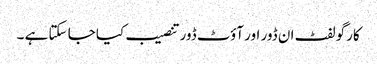
کارگو لفٹ ان ڈور اور آؤٹ ڈور تنصیب کیا جا سکتا ہے ۔